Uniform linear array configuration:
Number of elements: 4
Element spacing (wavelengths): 1
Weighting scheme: binomial
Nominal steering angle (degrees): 60
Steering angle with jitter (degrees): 59.546
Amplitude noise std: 0.05
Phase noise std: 0.05

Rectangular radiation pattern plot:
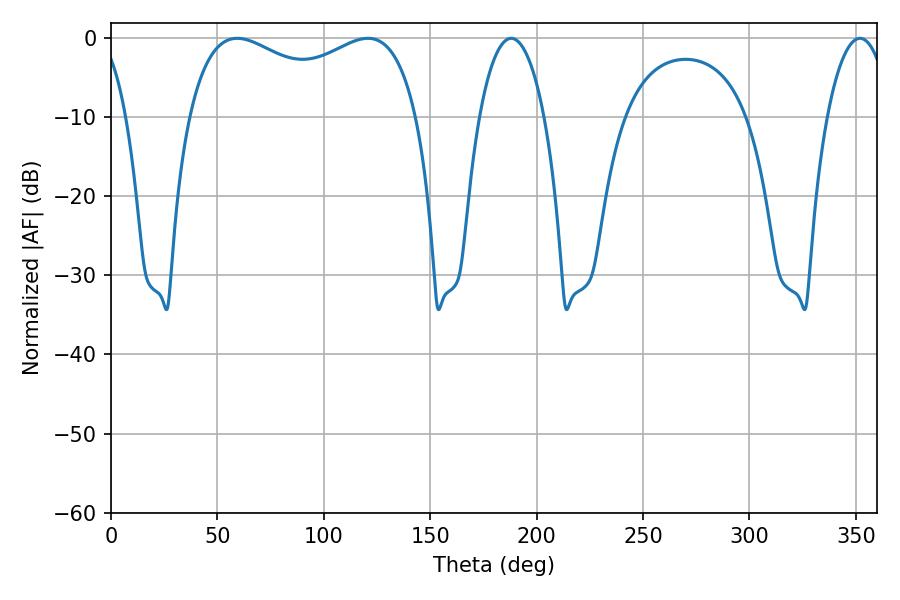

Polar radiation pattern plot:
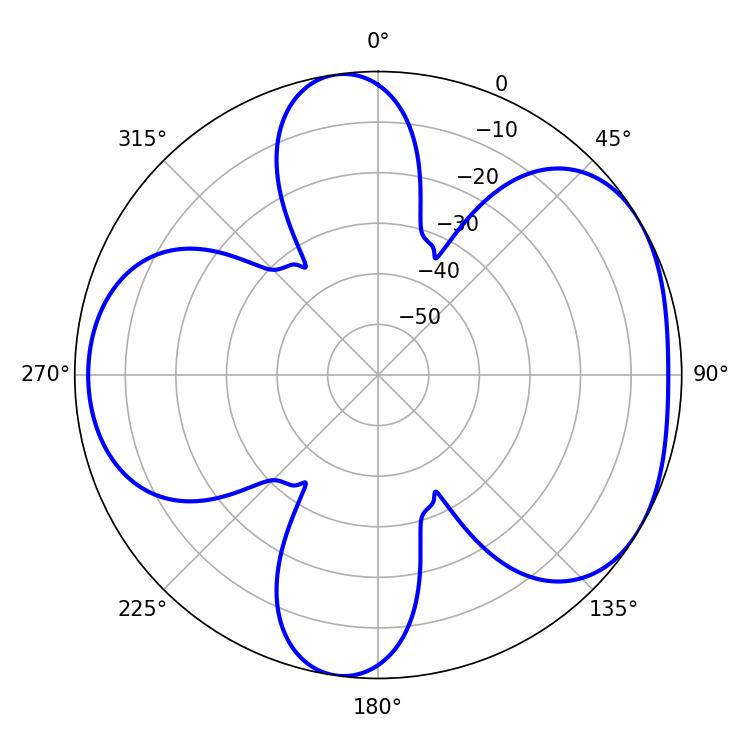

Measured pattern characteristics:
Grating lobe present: TRUE
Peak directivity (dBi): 4.729
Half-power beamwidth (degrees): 89.28
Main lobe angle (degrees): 59.22